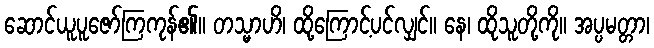
ဆောင်ယူပူဇော်ကြကုန်၏။ တသ္မာဟိ၊ ထို့ကြောင့်ပင်လျှင်။ နေ၊ ထိုသူတို့ကို။ အပ္ပမတ္တာ၊